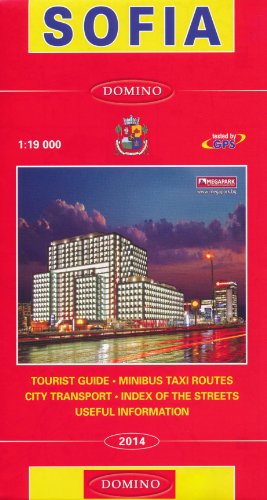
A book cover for Sofia (Bulgaria) 1:19,000 Street Map by DOMINO, in English; Domino Bulgaria; Travel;